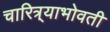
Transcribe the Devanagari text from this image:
चारित्र्याभोवती